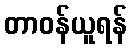
တာဝန်ယူရန်